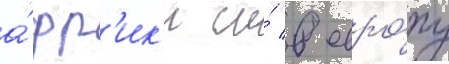
а́фр'ик'и и́ в евро́пу